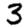
Digit: 3